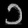
Digit: ၁